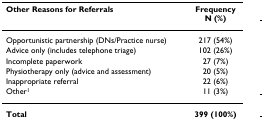
| Other Reasons for Referrals | FrequencyN (%) |
 | --- | --- |
 | Opportunistic partnership (DNs/Practice nurse) | 217 (54%) |
 | Advice only (includes telephone triage) | 102 (26%) |
 | Incomplete paperwork | 27 (7%) |
 | Physiotherapy only (advice and assessment) | 20 (5%) |
 | Inappropriate referral | 22 (6%) |
 | Other1 | 11 (3%) |
 | Total | 399 (100%) |